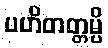
ပဟိတတ္တမ္ပိ